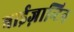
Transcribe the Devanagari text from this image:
बाईज़ान्टिन